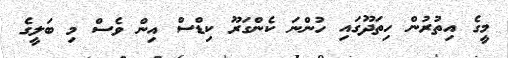
މީގެ އިތުރުން ހިތަދޫގައި ހުންނަ ކެންގަރޫ ކިޑްސް އިން ވެސް މި ބަލީގެ